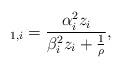
LaTeX: \begin{align*}_{1,i} = \frac{ \alpha_i^2 z_i }{ \beta_i^2z_i+\frac{1}{\rho}},\end{align*}